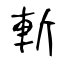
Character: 斬